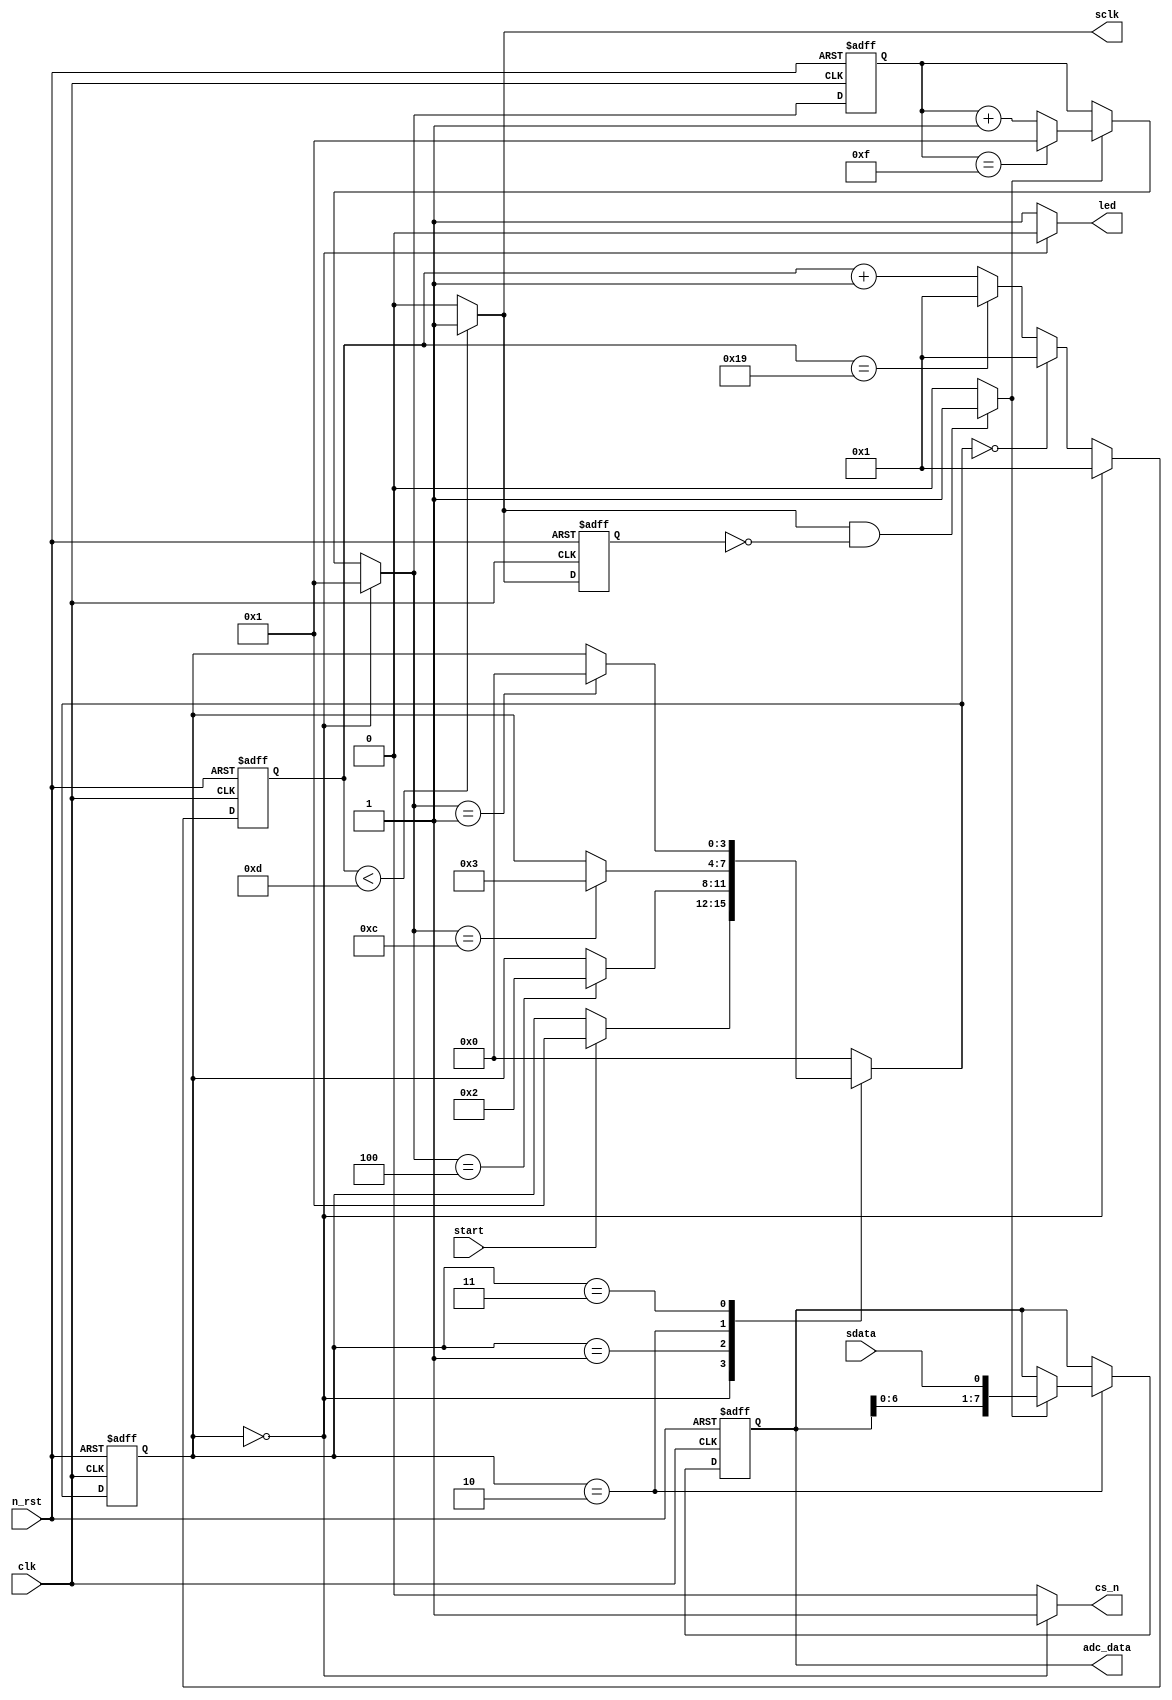
module SPI_master(
    clk,
    n_rst,
    start,
    sclk,
    cs_n,
    sdata,
    led,
    adc_data
);

input clk;
input n_rst;
input start;
input sdata;

output led;
output cs_n;
output sclk;
output reg [7:0] adc_data;

localparam S0 = 2'h0;
localparam S1 = 2'h1;
localparam S2 = 2'h2;
localparam S3 = 2'h3;

reg [3:0] c_state;
reg [3:0] n_state;

localparam FLG1 = 5'h19;
localparam FLG2 = 4'hf;

reg [4:0] c_cnt1;
reg [4:0] n_cnt1; // COUNTER1

reg [3:0] c_cnt2;
reg [3:0] n_cnt2; // COUNTER2

always @ (posedge clk or negedge n_rst)
    if(!n_rst) begin
        c_state <= S0;
        c_cnt1 <= 5'h01;
        c_cnt2 <= 4'h1;
    end
    else begin
        c_state <= n_state;
        c_cnt1 <= n_cnt1;
        c_cnt2 <= n_cnt2;
    end

always @ (start or n_cnt2 or c_state)
    case(c_state)
        S0 : n_state = (start  == 1'b1) ? S1 : c_state;
        S1 : n_state = (n_cnt2 == 4'h4) ? S2 : c_state;
        S2 : n_state = (n_cnt2 == 4'hc) ? S3 : c_state;
        S3 : n_state = (n_cnt2 == 4'h1) ? S0 : c_state;
        default : n_state = S0;
    endcase

always @ (c_state or c_cnt1 or n_state)
    case(c_state)
        S0 : n_cnt1 = 5'h01;
        default : n_cnt1 = (n_state == S0) ? 5'h01 :
                           (c_cnt1 == FLG1) ? 5'h01 : c_cnt1 + 5'h01;
    endcase

assign cs_n = (c_state == S0) ? 1'b1 : 1'b0;
assign sclk = (c_cnt1 < 5'h0d) ? 1'b1 : 1'b0;

reg sclk_d;
wire r_sclk;

always @ (posedge clk or negedge n_rst)
    if(!n_rst)
        sclk_d <= 1'b1;
    else
        sclk_d <= sclk;

assign r_sclk = ((sclk == 1'b1)&&(sclk_d == 1'b0)) ? 1'b1 : 1'b0;

always @ (c_state or r_sclk or c_cnt2)
    case (c_state)
        S0 : n_cnt2 = 4'h1;
        default : n_cnt2 = (r_sclk == 1'b0) ? c_cnt2 :
                           (c_cnt2 == FLG2) ? 4'h1 : c_cnt2 + 4'h1;
    endcase

always @ (posedge clk or negedge n_rst)
    if(!n_rst)
        adc_data <= 8'h00;
    else if (c_state == S2) begin
        adc_data <= (r_sclk == 1'b1) ? {adc_data[6:0], sdata} : adc_data;
    end
    else
        adc_data <= adc_data;

assign led = (c_state == S0) ? 1'b0 : 1'b1;

endmodule